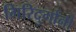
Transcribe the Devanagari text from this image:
गिरिदुर्गांनी